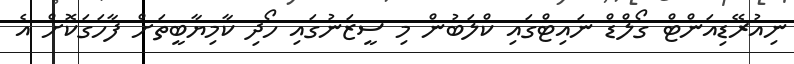
ނިއުރޭޑިއަންޓް ގޯލްޑް ނައިޓްގައި ކްލަބުން މި ސީޒަނުގައި ހޯދި ކާމިޔާބީތަށް ފާހަގަކޮށް އެ